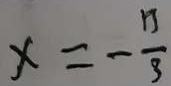
x = - \frac { 1 3 } { 3 }